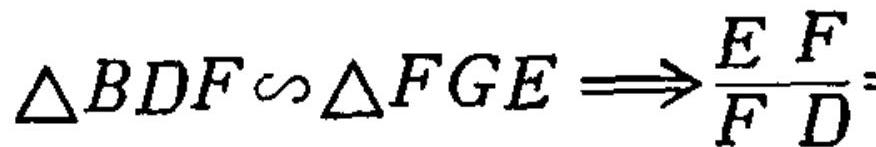
$\triangle BDF\sim\triangle FGE\Longrightarrow\frac{E F}{F D}=$